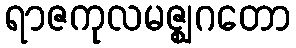
ရာဇကုလမဇ္ဈဂတော